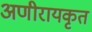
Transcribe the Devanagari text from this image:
अणीरायकृत